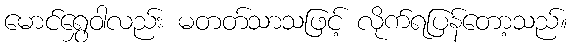
မောင်ရွှေဝါလည်း မတတ်သာသဖြင့် လိုက်ရပြန်တော့သည်။